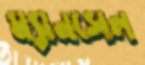
ম্যানসেল